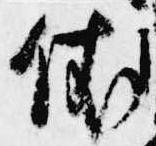
依